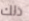
ذلك